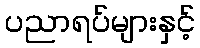
ပညာရပ်များနှင့်